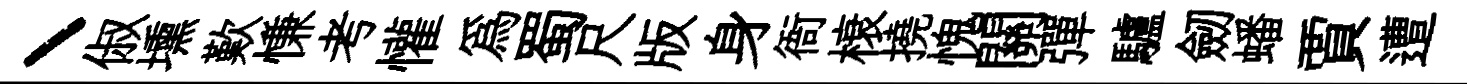
丶俶壎歎慊考懽為蜀尺版身衙榱撓愧關彈驢劒蟠賈遭